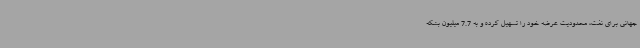
جهانی برای نفت، محدودیت عرضه خود را تسهیل کرده و به 7.7 میلیون بشکه